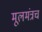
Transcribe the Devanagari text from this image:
मूलमंत्रच